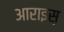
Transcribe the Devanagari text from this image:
आराइस़